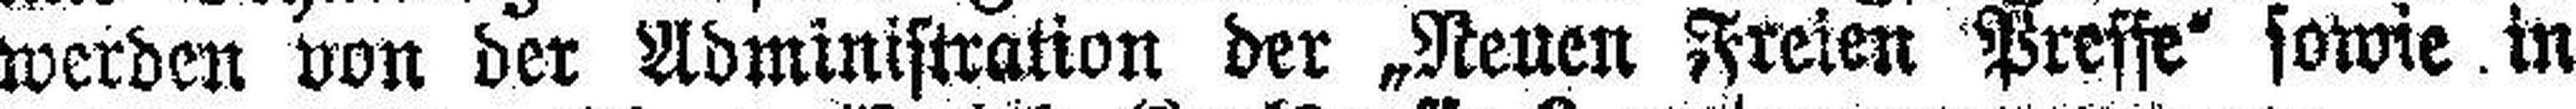
werden von der Administration der „Neuen Freien Presse“ sowie in